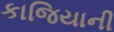
કાજિયાની